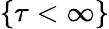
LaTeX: \{ \tau<\infty\}